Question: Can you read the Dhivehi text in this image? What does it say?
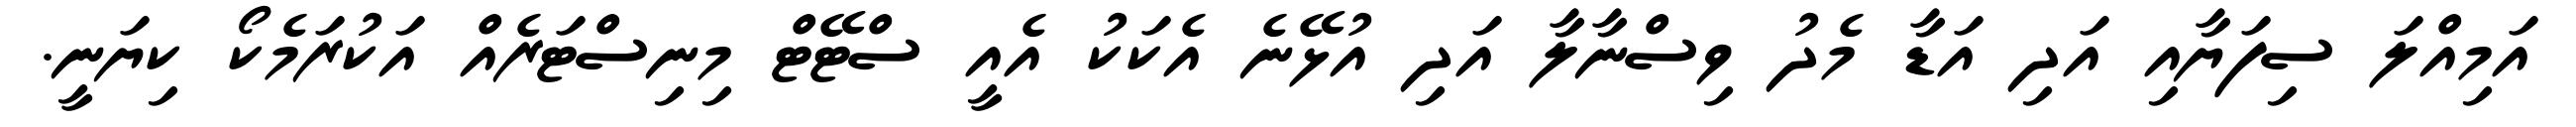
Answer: އަމިއްލަ ސިފަޔާއި އަދި އަޑާ މެދު ވިސްނާލާ އަދި އުޅޭނެ އެކަކު އެއީ ސްޓޭޓް މިނިސްޓަރެއް އަކުރަމެކޯ ކިޔަނީ.